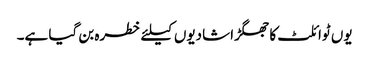
یوں ٹوائلٹ کا جھگڑا شادیوں کیلئے خطرہ بن گیا ہے۔